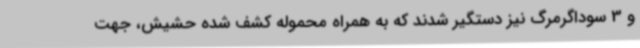
و 3 سوداگرمرگ نیز دستگیر شدند که به همراه محموله کشف شده حشیش، جهت